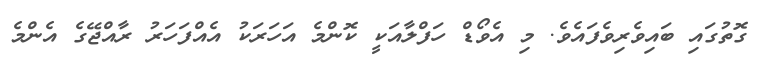
ގޮތުގައި ބައިވެރިވެފައެވެ. މި އެވޯޑް ހަފްލާއަކީ ކޮންމެ އަހަރަކު އެއްފަހަރު ރާއްޖޭގެ އެންމެ